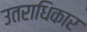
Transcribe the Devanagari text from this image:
उतराधिकार